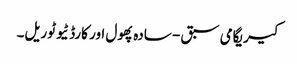
کیریگامی سبق - سادہ پھول اور کارڈ ٹیوٹوریل۔